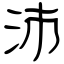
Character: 沛